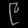
Digit: ၉